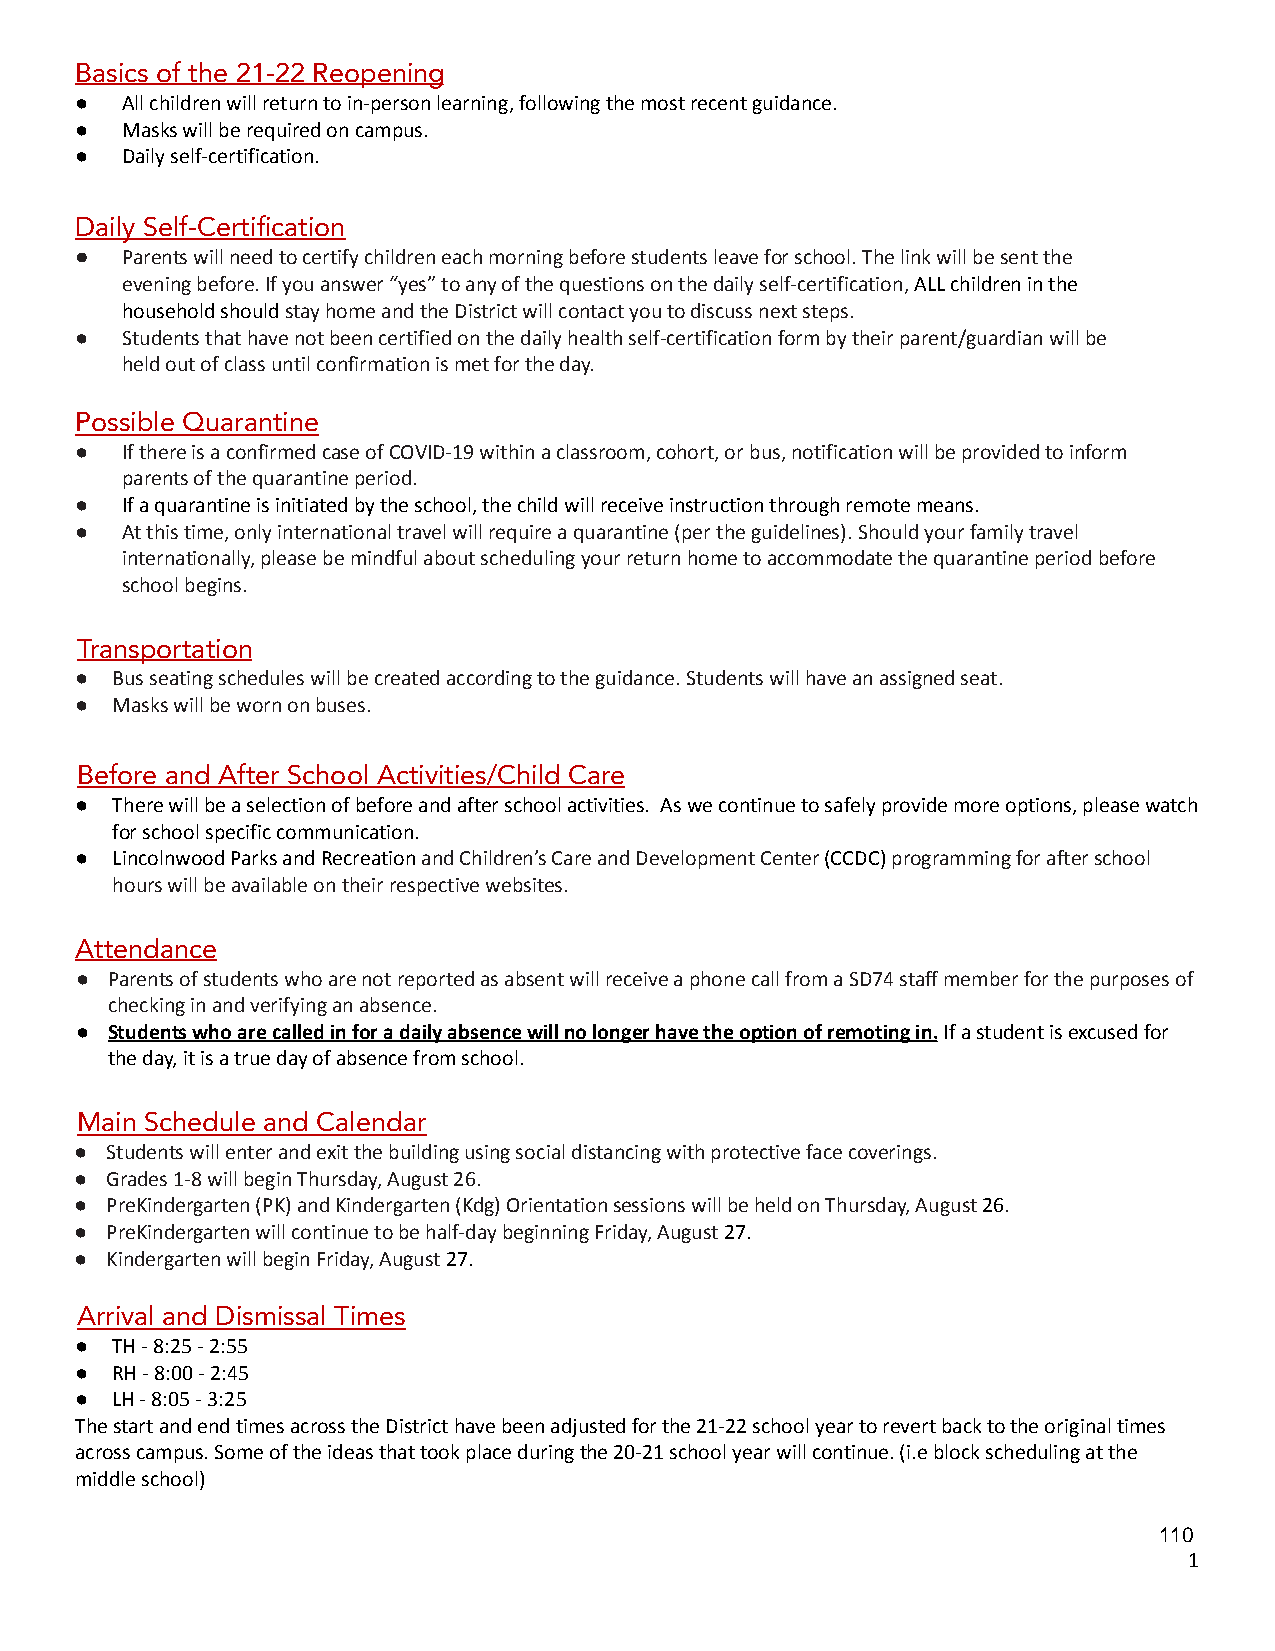
Basics of the 21-22 Reopening
 ●  All children will return to in-person learning, followingthe most recent guidance.
 ●  Masks will be required on campus.
 ●  Daily self-certification.
 Daily Self-Certification
 ●  Parents will need to certify children each morningbefore students leave for school. The link will besent the
 evening before. If you answer “yes” to any of thequestions on the daily self-certification,ALL childrenin the
 household shouldstay home and the District will contactyou to discuss next steps.
 ●  Students that have not been certified on the dailyhealth self-certification form by their parent/guardianwill be
 held out of class until confirmation is met for theday.
 Possible Quarantine
 ●  If there is a confirmed case of COVID-19 within aclassroom, cohort, or bus, notification will be providedto inform
 parents of the quarantine period.
 ●  If a quarantine is initiated by the school, the childwill receive instruction through remote means.
 ●  At this time, only international travel will requirea quarantine (per the guidelines). Should your familytravel
 internationally, please be mindful about schedulingyour return home to accommodate the quarantine periodbefore
 school begins.
 Transportation
 ● Bus seating schedules will be created according tothe guidance. Students will have an assigned seat.
 ● Masks will be worn on buses.
 Before and After School Activities/Child Care
 ● There will be a selection of before and after schoolactivities. As we continue to safely provide moreoptions, please watch
 for school specific communication.
 ● Lincolnwood Parks and Recreationand Children’s Careand Development Center(CCDC)programming for afterschool
 hours will be available on their respective websites.
 Attendance
 ● Parents of students who are not reported as absentwill receive a phone call from a SD74 staff memberfor the purposes of
 checking in and verifying an absence.
 ● Students who are called in for a daily absence willno longer have the option of remoting in.If a studentis excused for
 the day, it is a true day of absence from school.
 Main Schedule and Calendar
 ● Students will enter and exit the building using socialdistancing with protective face coverings.
 ● Grades 1-8 will begin Thursday, August 26.
 ● PreKindergarten (PK) and Kindergarten (Kdg) Orientationsessions will be held on Thursday, August26.
 ● PreKindergarten will continue to be half-day beginningFriday, August27.
 ● Kindergarten will begin Friday, August27.
 Arrival and Dismissal Times
 ● TH - 8:25 - 2:55
 ● RH - 8:00 - 2:45
 ● LH - 8:05 - 3:25
 The start and end times across the District have beenadjusted for the 21-22 school year to revert backto the original times
 across campus. Some of the ideas that took place duringthe 20-21 school year will continue. (i.e block schedulingat the
 middle school)
 110
 1